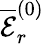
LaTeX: \overline{{\mathcal{E}}}_{r}^{(0)}